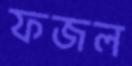
ফজল